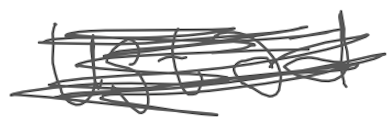
Text: Ustad
Cross-out: scratch
Writing tool: digital_gray